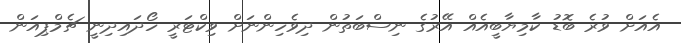
އެއަށް ވުރެ ބޮޑު ކާމިޔާބީއެއް އޭރުގެ ނިސްބަތުން ދިވެހިންނަށް ވިކްޓަރީ ހޯދައިދިނީ ޗެމްޕިއަން